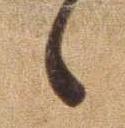
ゝ